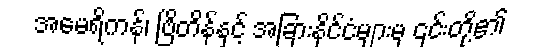
အမေရိကန်၊ ဗြိတိန်နှင့် အခြားနိုင်ငံများမှ ၎င်းတို့၏